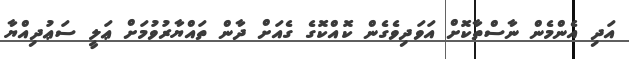
އަދި އެންމެން ނާސްތާކޮށް އަވަދިވެގެން ކޮއްކޮގެ ގެއަށް ދާން ތައްޔާރުވުމަށް ޢަލީ ސަޢުދިއްޔާ